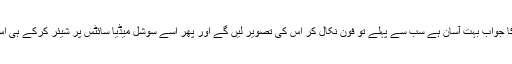
ویسے آج کے دور میں اس کا جواب بہت آسان ہے سب سے پہلے تو فون نکال کر اس کی تصویر لیں گے اور پھر اسے سوشل میڈیا سائٹس پر شیئر کرکے ہی اس جگہ سے دور بھاگیں گے۔